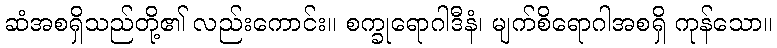
ဆံအစရှိသည်တို့၏ လည်းကောင်း။ စက္ခုရောဂါဒီနံ၊ မျက်စိရောဂါအစရှိ ကုန်သော။